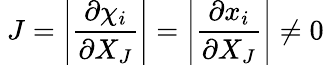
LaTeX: \ J=\left|{\frac{\partial\chi_{i}}{\partial X_{J}}}\right|=\left|{\frac{\partial x_{i}}{\partial X_{J}}}\right|\neq 0